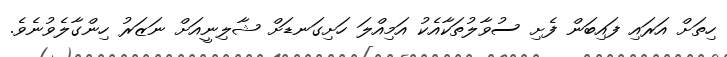
ހިތަށް އަރައި ފައިބަން ފެށި ސުވާލުތަކާއެކު އަމިއްލަ ހަށިގަނޑަށް ޝާލިނީއަށް ނަޒަރު ހިންގާލެވުނެވެ.